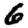
Digit: 6